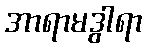
အာရာမဒွါရာ